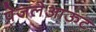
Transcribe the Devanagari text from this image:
पेजलेआऊट